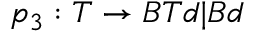
p _ { 3 } : T \rightarrow B T d | B d